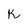
Character: K